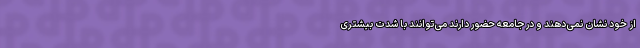
از خود نشان نمی‌دهند و در جامعه حضور دارند می‌توانند با شدت بیشتری